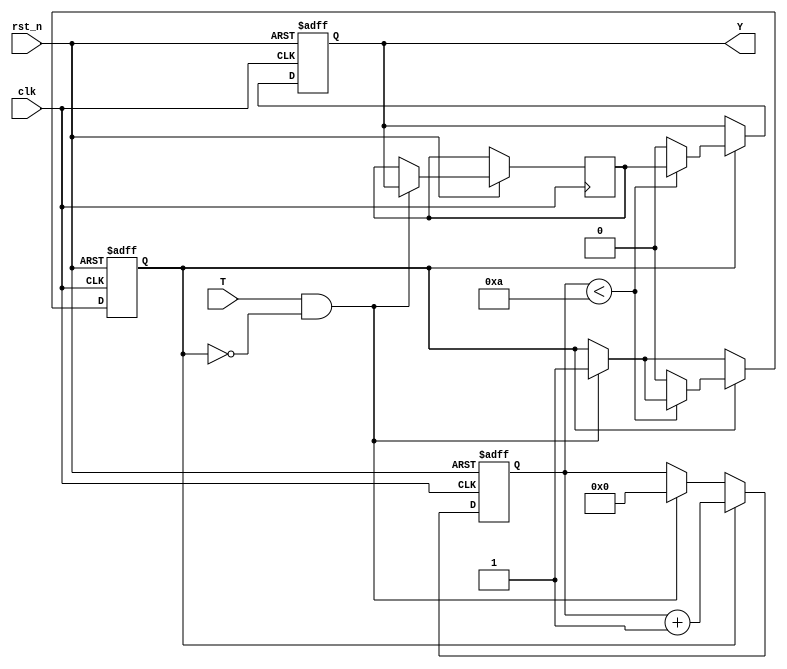
module hold_condition #(
    parameter H = 10 // Default hold time in clock cycles
)(
    input wire clk,       // Clock signal
    input wire rst_n,     // Active low reset signal
    input wire T,         // Trigger input
    output reg Y          // Hold output
);

    reg [31:0] hold_counter; // Counter for hold duration
    reg hold_active;         // Flag to indicate hold condition is active
    reg initial_state;       // Variable to hold the initial state

    // Always block for handling the reset and hold logic
    always @(posedge clk or negedge rst_n) begin
        if (!rst_n) begin
            Y <= 1'b0; // Reset output to default state
            hold_active <= 1'b0;
            hold_counter <= 0;
        end else begin
            if (T && !hold_active) begin
                // Rising edge detected on T
                initial_state <= Y; // Capture the current state of Y
                hold_active <= 1'b1; // Activate hold condition
                hold_counter <= 0;    // Reset counter
            end
            
            if (hold_active) begin
                // Increment hold counter
                hold_counter <= hold_counter + 1;

                // Check if hold duration has expired
                if (hold_counter < H) begin
                    Y <= initial_state; // Maintain the held state
                end else begin
                    hold_active <= 1'b0; // Deactivate hold condition
                    Y <= 1'b0; // Return to default state after hold
                end
            end
        end
    end

endmodule